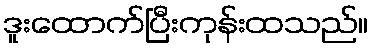
ဒူးထောက်ပြီးကုန်းထသည်။